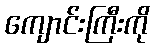
ကျောင်းကြီးကို